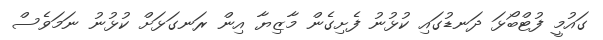
ގައުމީ ފުޓްބޯޅަ ދަނޑުގައި ކުޅުނު ފެށިގެން މާޒިޔާ އިން ރަނގަޅަށް ކުޅުނު ނަމަވެސް